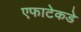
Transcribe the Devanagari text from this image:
एफाटेकडे